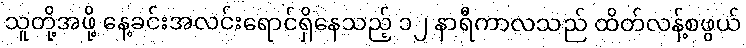
သူတို့အဖို့ နေ့ခင်းအလင်းရောင်ရှိနေသည့် ၁၂ နာရီကာလသည် ထိတ်လန့်စဖွယ်